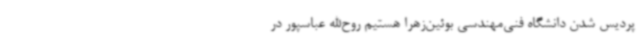
پردیس شدن دانشگاه فنی‌مهندسی بوئین‌زهرا هستیم روح‌الله عباسپور در